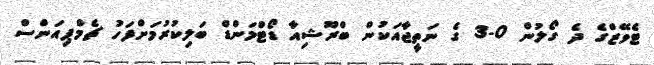
ޓެވޭޒްގެ ދެ ގޯލުން 0-3 ގެ ނަތީޖާއަކުން ބްރޫޝިއާ ޑޯޓްމަންޑް ބަލިކުރުމަށްފަހު ޗެމްޕިއަންސް